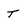
Character: t